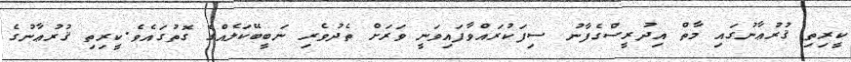
ކީރިތި ޤުރުޢާނުގައި މާތް އިދުރީސްގެފާނު ސިފަކުރައްވާފައިވަނީ ވަރަށް ތެދުވެރި ނަބީބޭކަލެއްގެ ގޮތުގައެވެ.ކީރިތި ޤުރުޢާނުގެ